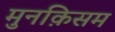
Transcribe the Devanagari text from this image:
मुनक़िसम